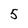
Character: 5